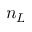
n _ { L }